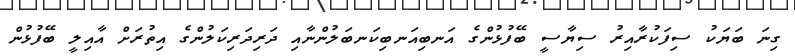
ގިނަ ބަޔަކު ސިފަކުރާއިރު ސިޔާސީ ބޭފުޅުންގެ އަނބިއަނބިކަނބަލުންނާއި ދަރިދަރިކަލުންގެ އިތުރަށް އާއިލީ ބޭފުޅުން